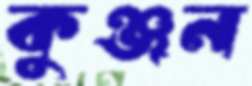
কুঞ্জন